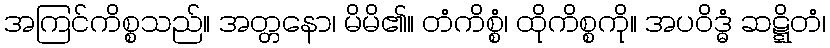
အကြင်ကိစ္စသည်။ အတ္တနော၊ မိမိ၏။ တံကိစ္စံ၊ ထိုကိစ္စကို။ အပဝိဒ္ဓံ ဆဋ္ဋိတံ၊